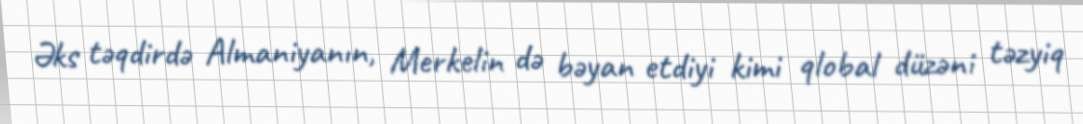
Əks təqdirdə Almaniyanın, Merkelin də bəyan etdiyi kimi qlobal düzəni təzyiq